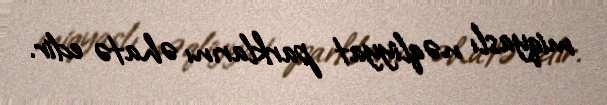
miqyaslı nəqliyyat parklarını əhatə edir.